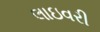
લાઇવરી